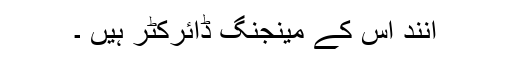
آنند اس کے مینجنگ ڈائرکٹر ہیں ۔